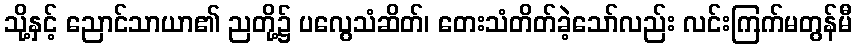
သို့နှင့် ညောင်သာယာ၏ ညတို့၌ ပလွေသံဆိတ်၊ တေးသံတိတ်ခဲ့သော်လည်း လင်းကြက်မတွန်မီ